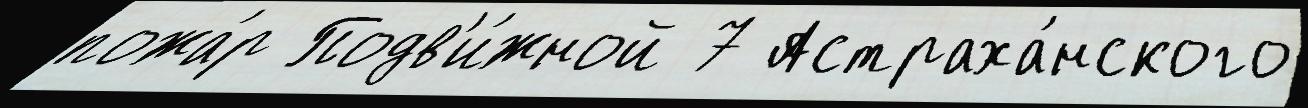
пожа́р Подв'и́жной 7 Астраха́нского